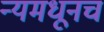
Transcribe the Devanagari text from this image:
न्यमधूनच